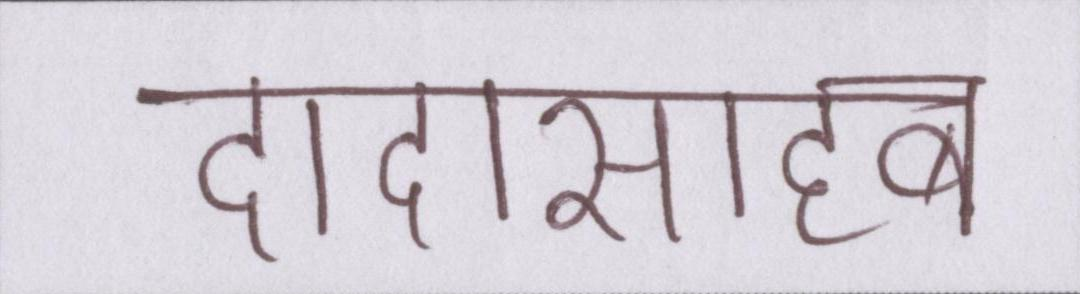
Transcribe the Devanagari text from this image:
दादासाहब